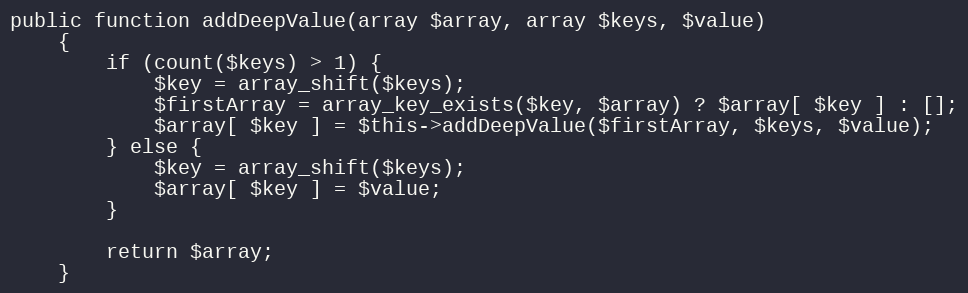
Language: PHP
public function addDeepValue(array $array, array $keys, $value)
    {
        if (count($keys) > 1) {
            $key = array_shift($keys);
            $firstArray = array_key_exists($key, $array) ? $array[ $key ] : [];
            $array[ $key ] = $this->addDeepValue($firstArray, $keys, $value);
        } else {
            $key = array_shift($keys);
            $array[ $key ] = $value;
        }

        return $array;
    }